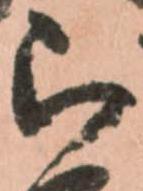
被